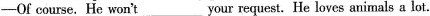
——Of course. He won't___your request. He loves animals a lot.